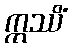
ဣဿိံ